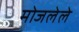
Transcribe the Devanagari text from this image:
मोजलेले